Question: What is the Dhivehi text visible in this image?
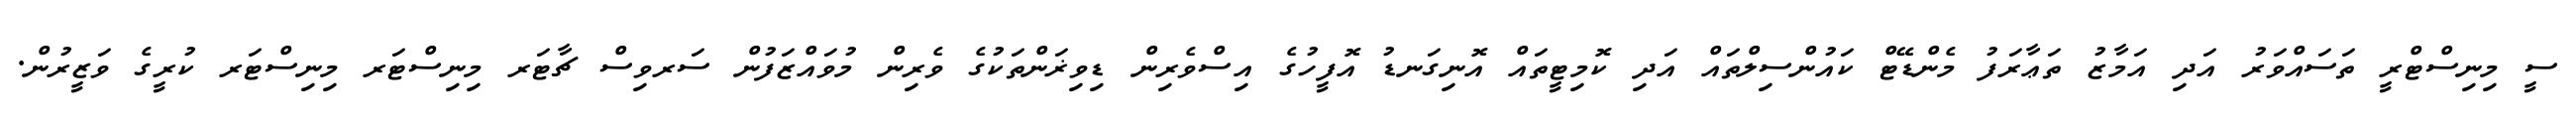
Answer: ސީ މިނިސްޓްރީ ތަސައްވަރު އަދި އަމާޒު ތަޢާރަފު މެންޑޭޓް ކައުންސިލްތައް އަދި ކޮމިޓީތައް އޮނިގަނޑު އޮފީހުގެ އިސްވެރިން ޑިވިޜަންތަކުގެ ވެރިން މުވައްޒަފުން ސަރވިސް ޗާޓަރ މިނިސްޓަރ މިނިސްޓަރ ކުރީގެ ވަޒީރުން.